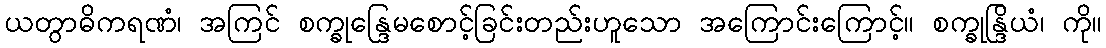
ယတွာဓိကရဏံ၊ အကြင် စက္ခုန္ဒြေမစောင့်ခြင်းတည်းဟူသော အကြောင်းကြောင့်။ စက္ခုန္ဒြိယံ၊ ကို။